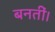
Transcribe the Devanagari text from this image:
बनतीं।